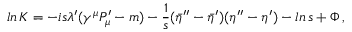
l n \, K = - i s \lambda ^ { \prime } ( \gamma ^ { \mu } P _ { \mu } ^ { \prime } - m ) - { \frac { 1 } { s } } ( { \bar { \eta } } ^ { \prime \prime } - { \bar { \eta } } ^ { \prime } ) ( \eta ^ { \prime \prime } - \eta ^ { \prime } ) - l n \, s + \Phi \, ,